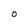
Character: 0